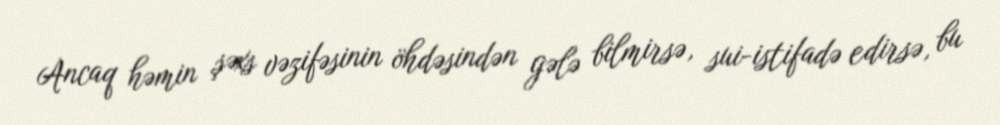
Ancaq həmin şəxs vəzifəsinin öhdəsindən gələ bilmirsə, sui-istifadə edirsə, bu